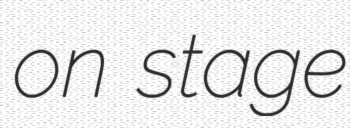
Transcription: on stage